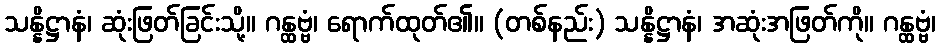
သန္နိဋ္ဌာနံ၊ ဆုံးဖြတ်ခြင်းသို့။ ဂန္ထဗ္ဗံ၊ ရောက်ထုတ်၏။ (တစ်နည်း) သန္နိဋ္ဌာနံ၊ အဆုံးအဖြတ်ကို။ ဂန္ထဗ္ဗံ၊